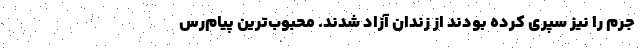
جرم را نیز سپری کرده بودند از زندان آزاد شدند. محبوب‌ترین پیام‌رس